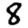
Digit: 8